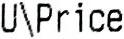
U\PRICE